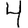
Digit: 4